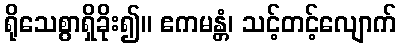
ရိုသေစွာရှိခိုး၍။ ဧကမန္တံ၊ သင့်တင့်လျောက်